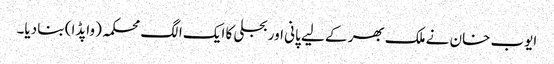
ایوب خان نے ملک بھر کے لیے پانی اور بجلی کا ایک الگ محکمہ (واپڈا) بنا دیا۔